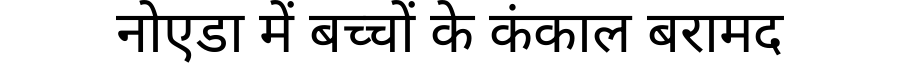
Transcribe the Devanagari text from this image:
नोएडा में बच्चों के कंकाल बरामद